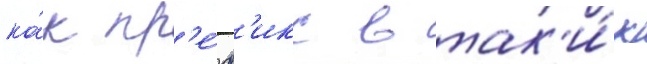
ка́к пр'е́ф'икс в так'и́х